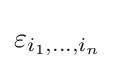
\varepsilon _{i_{1},\ldots ,i_{n}}